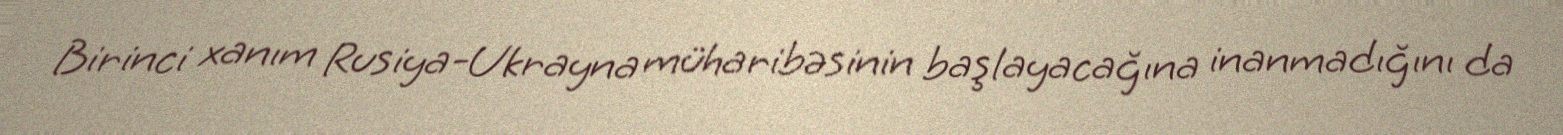
Birinci xanım Rusiya-Ukrayna müharibəsinin başlayacağına inanmadığını da